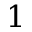
1